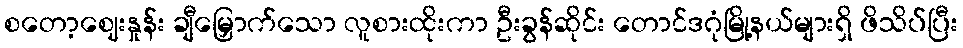
စတော့ဈေးနှုန်း ချီမြှောက်သော လူစားထိုးကာ ဦးခွန်ဆိုင်း တောင်ဒဂုံမြို့နယ်များရှိ ဖိသိပ်ပြီး